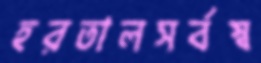
হরতালসর্বস্ব